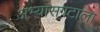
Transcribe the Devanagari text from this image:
अभ्यासगटाला